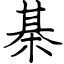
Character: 棊